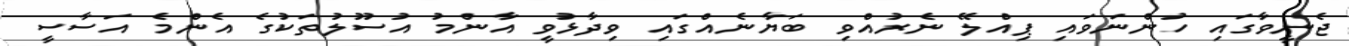
ޖެނީވާގައި ހުންނަވައި ޕިއްލޭ ނެރުއްވި ބަޔާނެއްގައި ވިދާޅުވީ އާންމު އުސޫލުތަކުގެ އެންމެ އަސާސީ